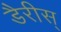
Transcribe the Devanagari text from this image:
डैरीस्